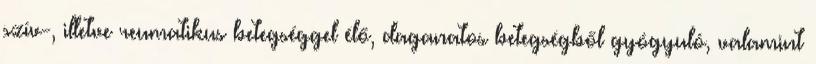
szív-, illetve reumatikus betegséggel élő, daganatos betegségből gyógyuló, valamint